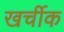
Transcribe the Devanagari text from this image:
खर्चीक